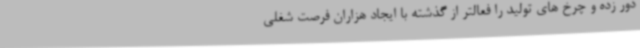
دور زده و چرخ های تولید را فعالتر از گذشته با ایجاد هزاران فرصت شغلی